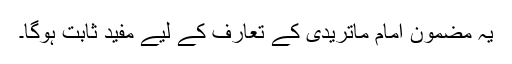
یہ مضمون امام ماتریدیؒ کے تعارف کے لیے مفید ثابت ہوگا۔